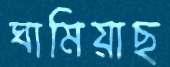
ঘামিয়াছ